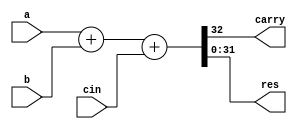
module f_adder32(carry, res, a, b, cin);
	input [31:0] a, b;
	input cin;
	output carry;
	output [31:0] res;
	assign {carry, res} = a + b + cin;
endmodule